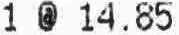
1 @ 14.85